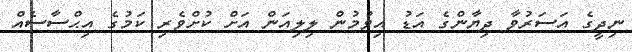
ނިދީގެ އަސަރުވާ ދިޔާންގެ އަޑު އިވުމުން ލިލިއަން އަށް ކުށްވެރި ކަމުގެ އިޙްސާސެއް